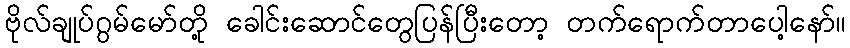
ဗိုလ်ချုပ်ဂွမ်မော်တို့ ခေါင်းဆောင်တွေပြန်ပြီးတော့ တက်ရောက်တာပေါ့နော်။